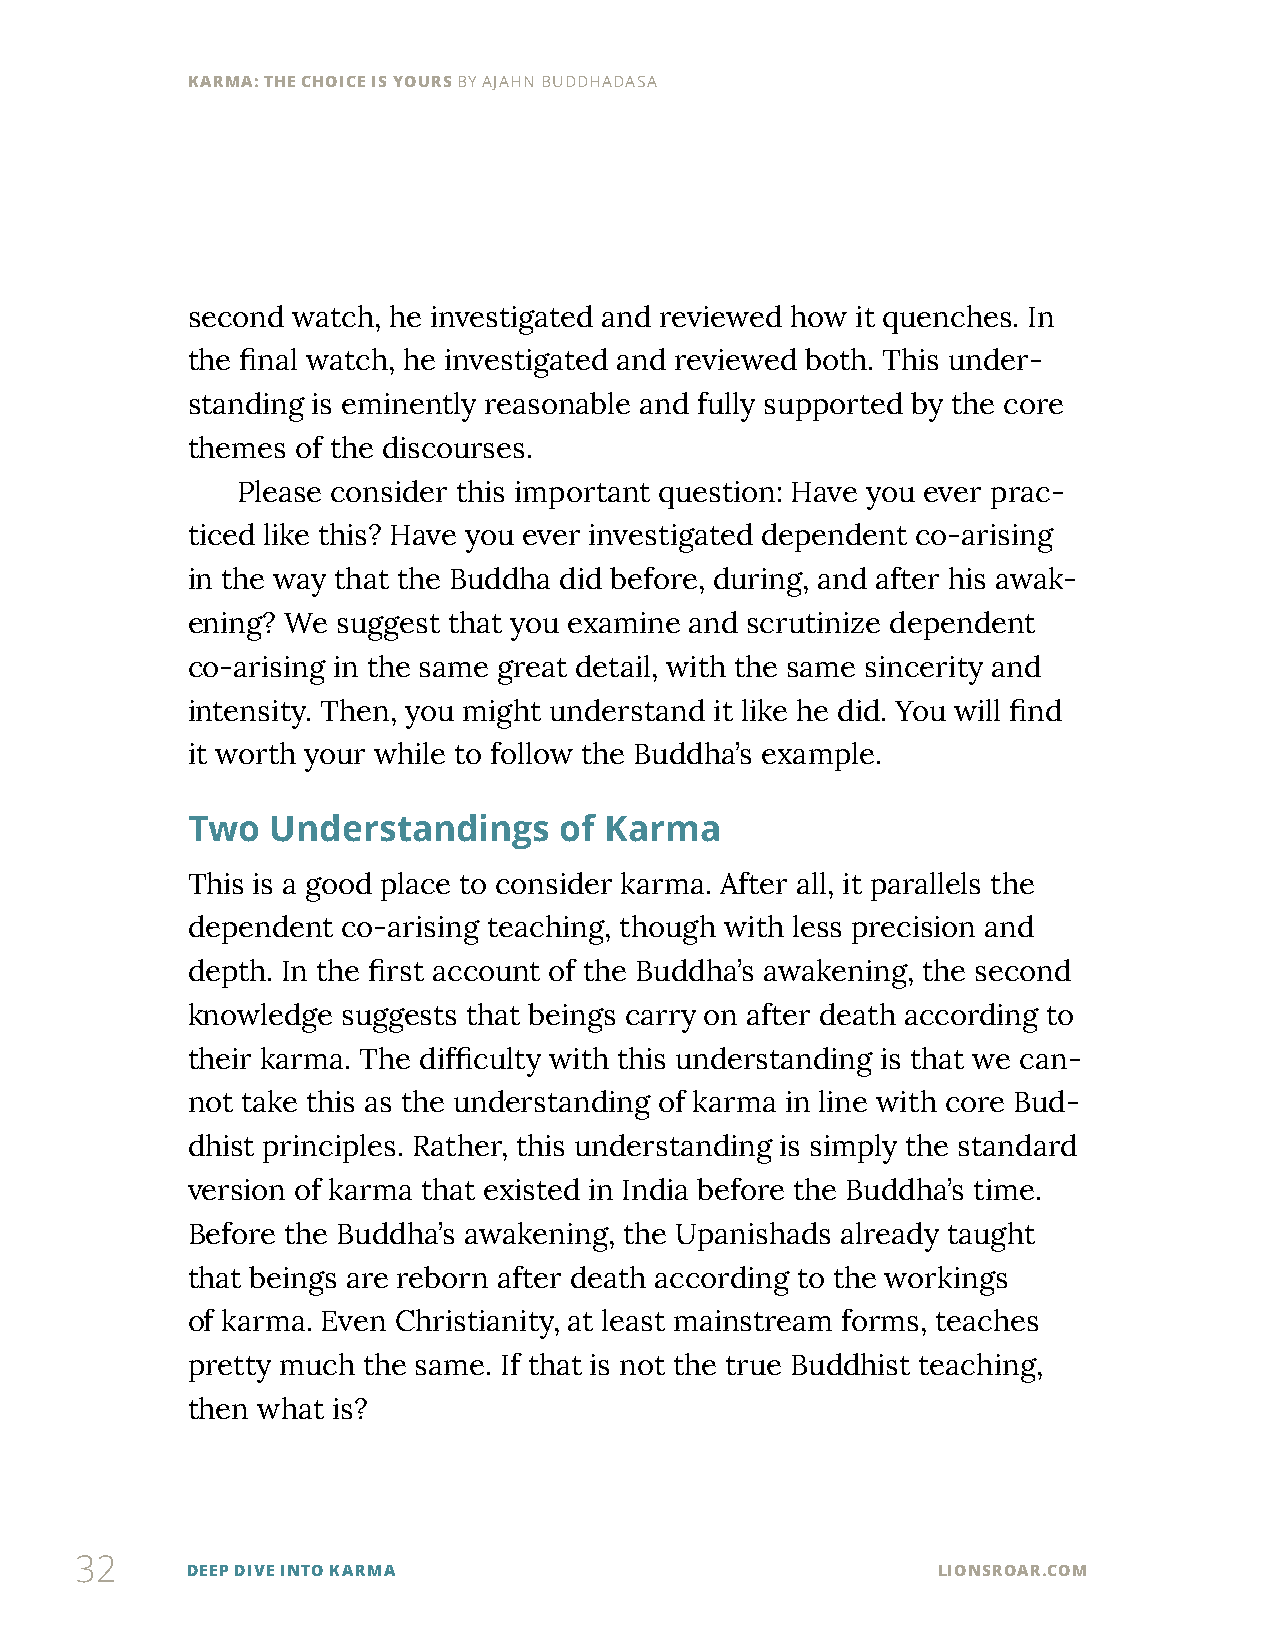
KARMA: THE CHOICE IS YOURS BY AJAHN BUDDHADASA
 second watch, he investigated and reviewed how it quenches. In
 the final watch, he investigated and reviewed both. This under-
 standing is eminently reasonable and fully supported by the core
 themes  of the discourses.
 Please consider this important question: Have you ever prac-
 ticed like this? Have you ever investigated dependent co-arising
 in the way that the Buddha did before, during, and after his awak-
 ening? We suggest that you examine and scrutinize dependent
 co-arising in the same great detail, with the same sincerity and
 intensity. Then, you might understand it like he did. You will find
 it worth your while to follow the Buddha’s example.
 Two   Understandings     of Karma
 This is a good place to consider karma. After all, it parallels the
 dependent  co-arising teaching, though with less precision and
 depth. In the first account of the Buddha’s awakening, the second
 knowledge  suggests that beings carry on after death according to
 their karma. The difficulty with this understanding is that we can-
 not take this as the understanding of karma in line with core Bud-
 dhist principles. Rather, this understanding is simply the standard
 version of karma that existed in India before the Buddha’s time.
 Before the Buddha’s awakening, the Upanishads already taught
 that beings are reborn after death according to the workings
 of karma. Even Christianity, at least mainstream forms, teaches
 pretty much the same. If that is not the true Buddhist teaching,
 then what is?
 32
 DEEP DIVE INTO KARMA                              LIONSROAR.COM